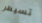
تسيطر